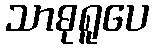
သာဓုရူပေ